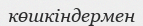
көшкіндермен